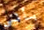
بأنى